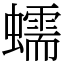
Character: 蠕